Report on sanitation, dispensaries, and jails in Rajputana for 1917, and on vaccination for the year 1917-1918 - 1917-1918
Year: 1917
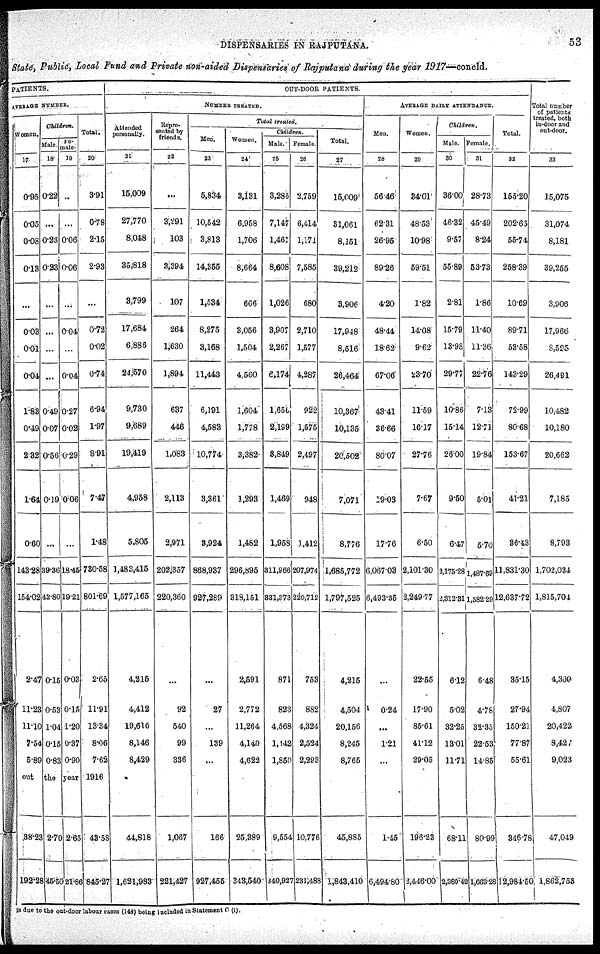
DISPENSARIES IN RAJPUTANA.
53
State, Public, local Fund and Private non-aided Dispensaries of Rajputana during the year 1917—concld.
PATIENTS.
AVERAGE NUMBER.
Women.
17
0.95
0.05
0.08
0.13
...
0.03
0.01
0.04
1.83
0.49
282
1.64
0.60
143.28
154.02
2.47
11.23
11.10
7.54
5.89
out
38.23
192.28
Children.
Male.
18
0.22
...
0.23
0.23
...
...
...
...
0.49
0.07
0.56
0.19
...
39.36
42.80
0.15
0.53
1.04
0.15
0.83
the
2.70
45.50
Fe-
-ale.
19
..
...
0.06
0.06
...
0.04
...
0.04
0.27
0.02
0.29
0.06
...
18.45
19.21
0.03
0.15
1.20
0.37
0.90
year
2.65
21.86
Total.
20
3.91
0.78
2.15
2.93
...
0.72
0.02
0.74
6.94
1.97
8.91
7.47
1.48
730.58
801.69
2.65
11.91
13.34
8.06
7.62
1916
43.58
845.27
OUT-DOOR PATIENTS.
NUMBER TREATED.
Attended
personally.
21
15,009
27,770
8,048
35,818
3,799
17,684
6,886
24,570
9,730
9,689
19,419
4,958
5,805
1,483,415
1,577,165
4,215
4,412
19,616
8,146
8,429
44,818
1,621,983
Repre¬
sented by
friends.
22
...
3,291
103
3,394
107
264
1,630
1,894
637
446
1,083
2,113
2,971
202,357
220,360
...
92
540
99
336
1,067
221,427
Total treated.
Men.
23
5,834
10,542
3,813
14,355
1,534
8,275
3,168
11,443
6,191
4,583
10,774
3,361
3,924
868,937
927,289
...
27
...
139
...
166
927,455
Women.
24
3,131
6,958
1,706
8,664
666
3,056
1,504
4,560
1,604
1,778
3,382
1,293
1,482
296,895
318,151
2,591
2,772
11,264
4,140
4,622
25,389
343,540
Children.
Male.
25
3,285
7,147
1,461
8,608
1,026
3,907
2,267
6,174
1,650
2,199
3,849
1,469
1,958
311,966
331,873
871
823
4,568
1,142
1,850
9,554
340,927
Female.
26
2,759
6,414
1,171
7,585
680
2,710
1,577
4,287
922
1,575
2,497
948
3,412
207,974
220,712
753
882
4,324
2,524
2,293
10,776
231,488
Total.
27
15,009
31,061
8,151
39,212
3,906
17,948
8,516
26,464
10,367
10,135
20,502
7,071
8,776
1,685,772
1,797,525
4,215
4,504
20,156
8,245
8,765
45,885
1,843,410
AVERAGE DAILY ATTENDANCE.
Men.
28
56.46
62.31
26.95
89.26
4.20
48.44
18.62
67.06
43.41
36.66
80.07
19.03
1776
6,067.03
6,493.35
...
0.24
...
1.21
...
1.45
6,494.80
Women.
29
34.01
48.53
10.98
59.51
1.82
14.08
9.62
23.70
11.59
16.17
27.76
7.67
6.50
2,101.30
2,249.77
22.55
17.90
85.61
41.12
29.05
196.23
2,446.00
Children.
Male.
30
36.00
46.32
9.57
55.89
2.81
15.79
13.98
29.77
10.86
15.14
26.00
9.50
6.47
3,175.28
2,312.81
6.12
5.02
32.25
13.01
11.71
68.11
2,380.42
Female.
31
28.73
45.49
8.24
53.73
1.86
11.40
11.36
22.76
7.13
12.71
19.84
5.0l
5.70
1,487.69
1,582.29
6.48
4.78
32.35
22.53
14.85
80.99
1,663.28
Total.
32
155.20
202.65
55.74
258.39
10.69
89.71
53.58
143.29
72.99
80.68
153.67
41.21
36.43
11,831.30
12,637.72
35.15
27.94
150.21
77.87
55.61
346.78
12,984.50
Total number
of patients
treated, both
in-door and
out-door.
33
15,075
31,074
8,181
39,255
3,906
17,966
8,525
26,491
10,482
10,180
20,662
7,185
8,793
1,702,034
1,815,704
4,300
4,807
20,422
8,427
9,023
47,049
1,862,753
is due to the out-door labour cases (148) being included in Statement C (i).